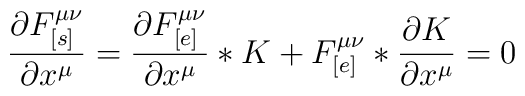
\frac{\partial F_{[s]}^{\mu\nu}}{\partial x^{\mu}} = \frac{\partial F_{[e]}^{\mu\nu}}{\partial x^{\mu}} * K + F_{[e]}^{\mu\nu} *\frac{\partial K}{\partial x^{\mu}} = 0